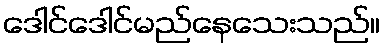
ဒေါင်ဒေါင်မည်နေသေးသည်။